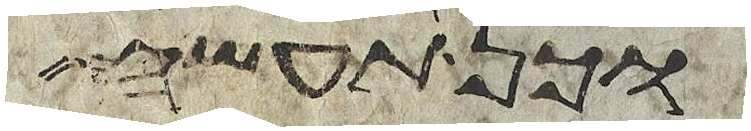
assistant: וכן תעשה